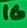
Text: 16